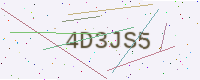
Text: 4D3JS5